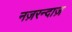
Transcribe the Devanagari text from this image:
नज़रन्दाज़